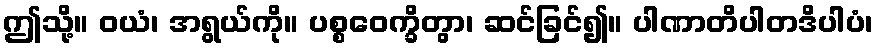
ဤသို့။ ဝယံ၊ အရွယ်ကို။ ပစ္စဝေက္ခိတွာ၊ ဆင်ခြင်၍။ ပါဏာတိပါတဒိပါပံ၊